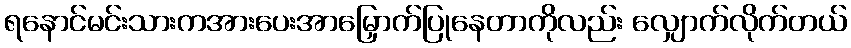
ရနောင်မင်းသားကအားပေးအာမြှောက်ပြုနေတာကိုလည်း လျှောက်လိုက်တယ်